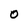
Character: o